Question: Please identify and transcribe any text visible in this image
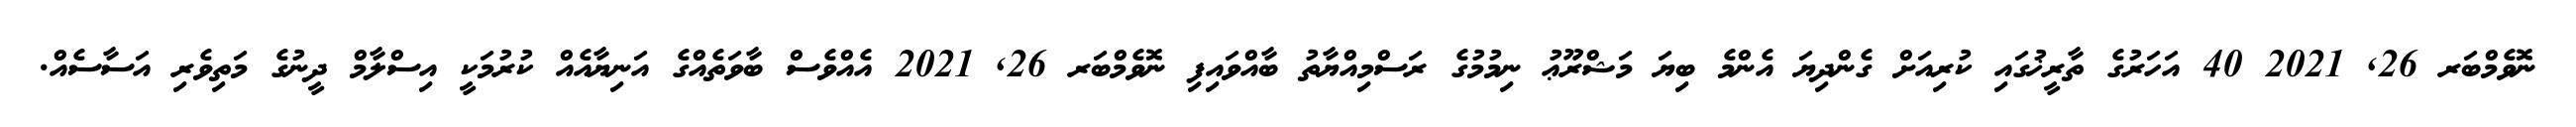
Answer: ނޮވެމްބަރ 26, 2021 40 އަހަރުގެ ތާރީޚުގައި ކުރިއަށް ގެންދިޔަ އެންމެ ބިޔަ މަޝްރޫޢު ނިމުމުގެ ރަސްމިއްޔާތު ބާއްވައިފި ނޮވެމްބަރ 26, 2021 އެއްވެސް ބާވަތެއްގެ އަނިޔާއެއް ކުރުމަކީ އިސްލާމް ދީނުގެ މަތިވެރި އަސާސެއް.